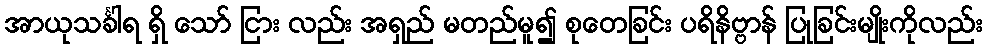
အာယုသင်္ခါရ ရှိ သော် ငြား လည်း အရှည် မတည်မူ၍ စုတေခြင်း ပရိနိဗ္ဗာန် ပြုခြင်းမျိုးကိုလည်း